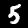
Digit: 5